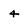
Character: 4